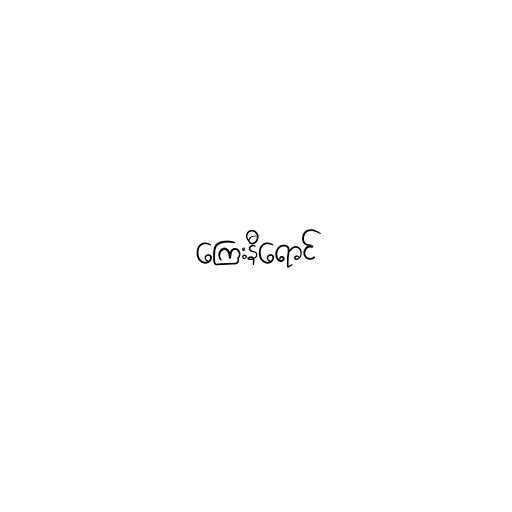
ကြေးနီရောင်